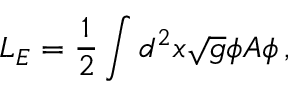
L _ { E } = \frac { 1 } { 2 } \int d ^ { 2 } x \sqrt { g } \phi A \phi \, ,